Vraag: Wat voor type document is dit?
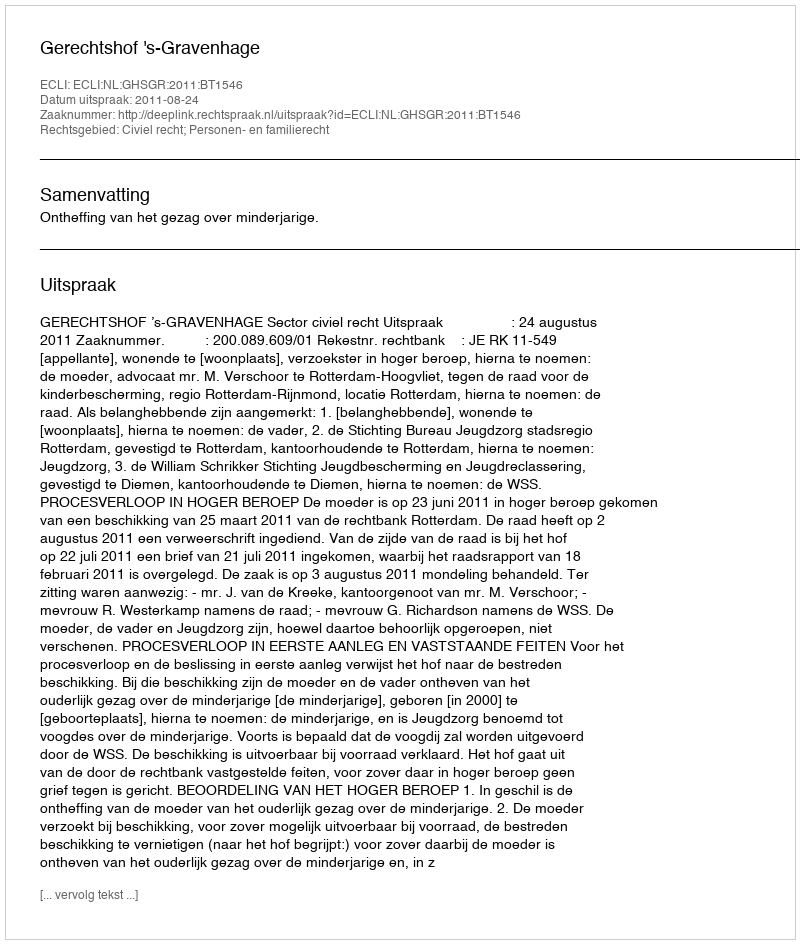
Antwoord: Uitspraak